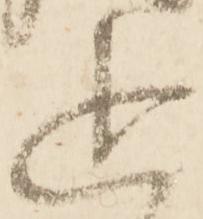
追